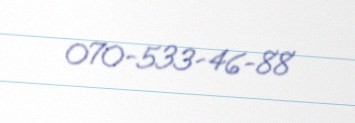
070-533-46-88